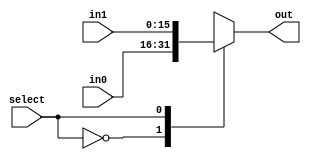
module MUX16bit(in0, in1, select, out);

input [15:0] in0, in1;
input select;

output reg [15:0] out;

always @(*) 
begin
	case (select)
		1'b0: out = in0; 
		1'b1: out = in1;
	endcase
end
endmodule